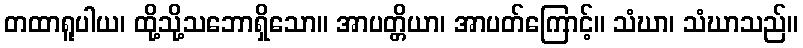
တထာရူပါယ၊ ထို့သို့သဘောရှိသော။ အာပတ္တိယာ၊ အာပတ်ကြောင့်။ သံဃာ၊ သံဃာသည်။